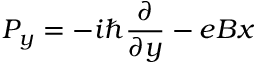
P _ { y } = - i \hbar \frac { \partial } { \partial y } - e B x